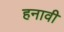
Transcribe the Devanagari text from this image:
हनावी